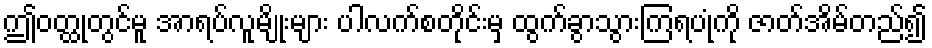
ဤဝတ္ထုတွင်မူ အာရပ်လူမျိုးများ ပါလက်စတိုင်းမှ ထွက်ခွာသွားကြရပုံကို ဇာတ်အိမ်တည်၍